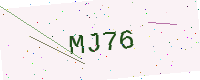
Text: MJ76